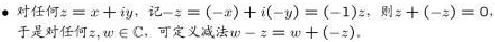
- 对任何$z = x + iy$，记$-z = (-x) + i(-y) = (-1)z$，则$z + (-z) = 0$。
于是对任何$z,w \in \mathbb{C}$，可定义减法$w - z = w + (-z)$。